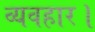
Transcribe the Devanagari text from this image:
व्‍यवहार।